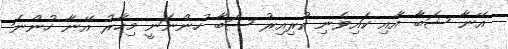
އޭނާ ޝަބާ އާއި ކައިވެނި ކުރިއިރު ޝަބާ ހުންނަނީ މިހާރު އޭނާ ހުންނަ